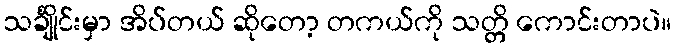
သင်္ချိုင်းမှာ အိပ်တယ် ဆိုတော့ တကယ်ကို သတ္တိ ကောင်းတာပဲ။